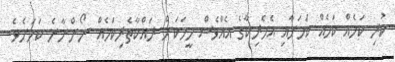
ކުރި ކަމެއް ކަމެއް ކަމަށާއި އެމެރިކާގެ އެއްވެސް މީހަކަށް ރައްކާތެރިކަމެއް ނޯންނާނެ ކަމަށެވެ.